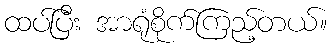
ထပ်ပြီး အာရုံစိုက်ကြည့်တယ်။